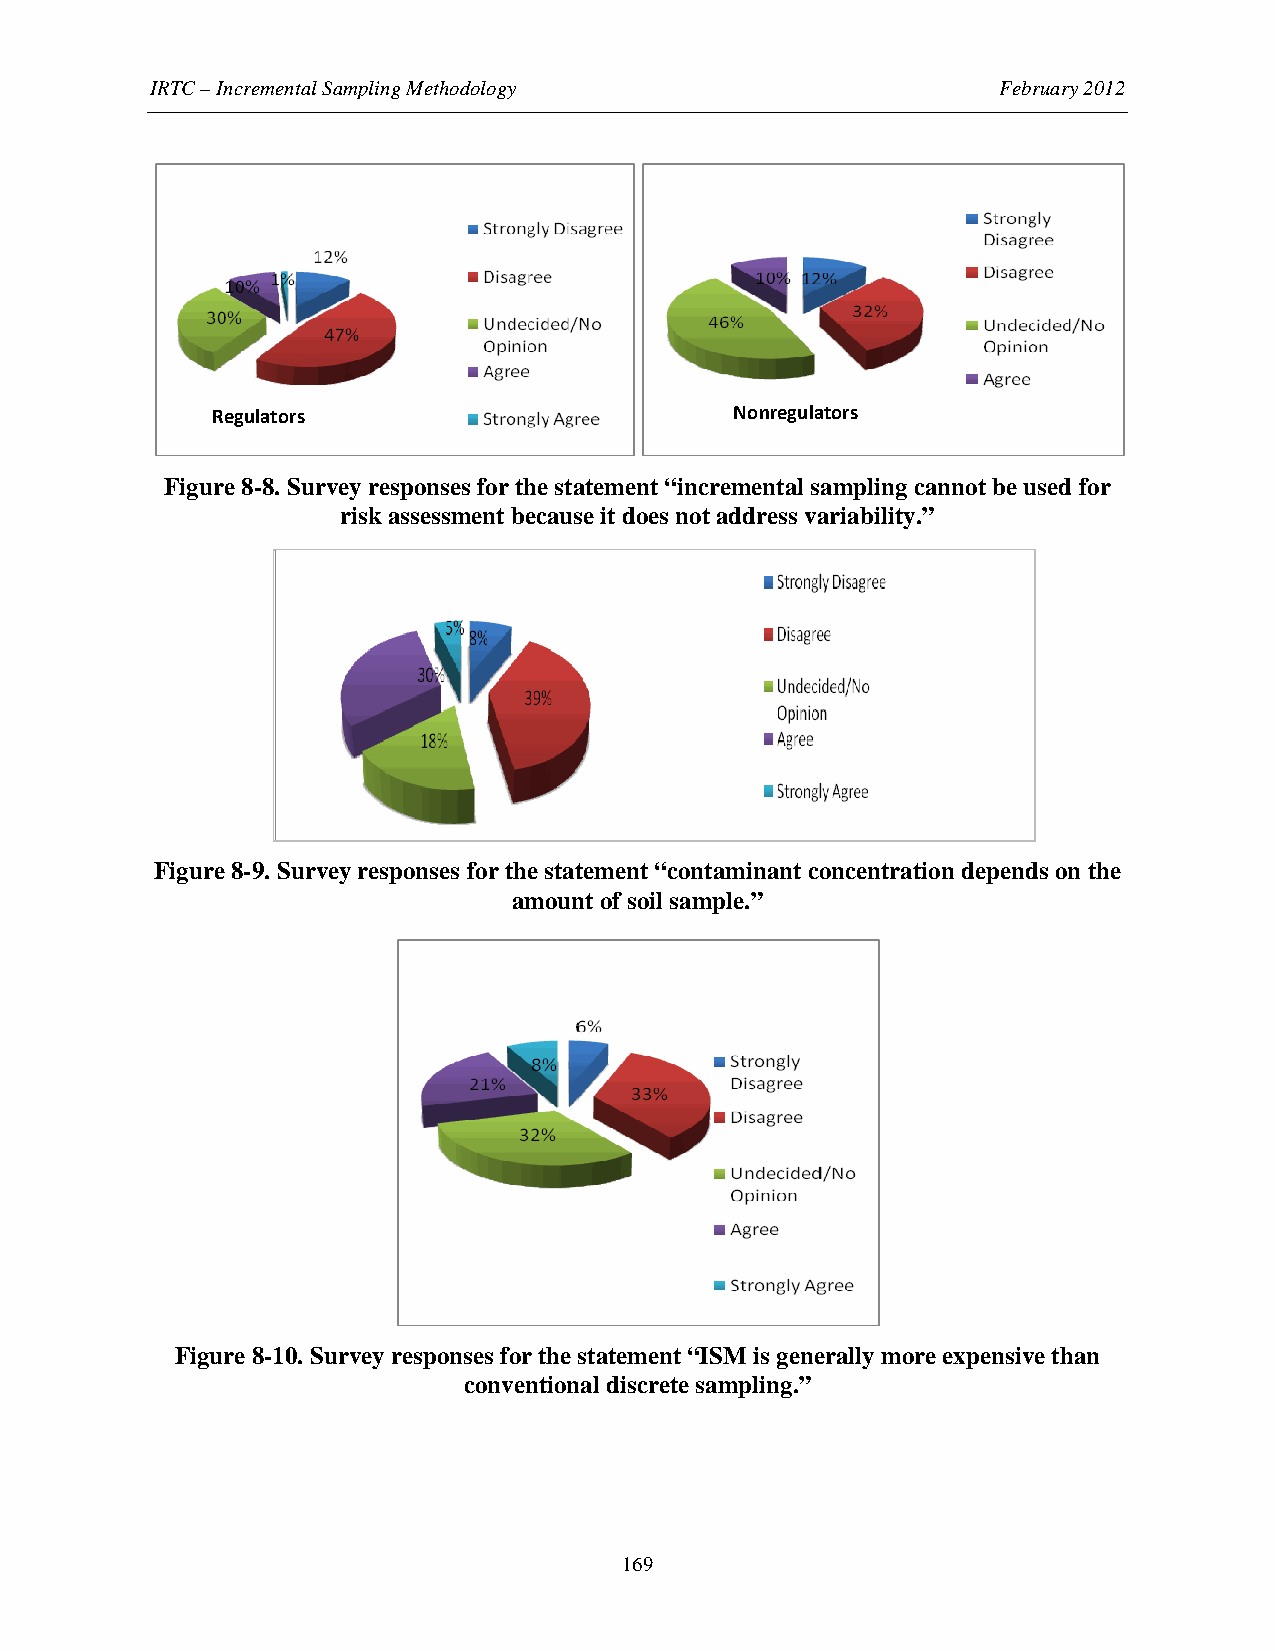
IRTC – Incremental Sampling Methodology                 February 2012
 Regulators                         Nonregulators
 Figure 8-8. Survey responses for the statement “incremental sampling cannot be used for
 risk assessment because it does not address variability.”
 Figure 8-9. Survey responses for the statement “contaminant concentration depends on the
 amount of soil sample.”
 Figure 8-10. Survey responses for the statement “ISM is generally more expensive than
 conventional discrete sampling.”
 169